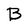
Character: B